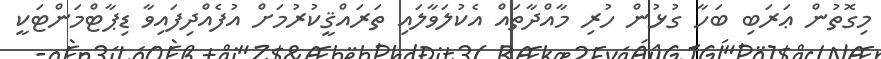
މިގޮތުން ޢަރަބި ބަހާ ގުޅުން ހުރި މާއްދާތައް އެކުލަވާލައި ތަރައްޤީކުރުމަށް އުފެއްދިފައިވާ ޑިޕާޓްމަންޓަކީ